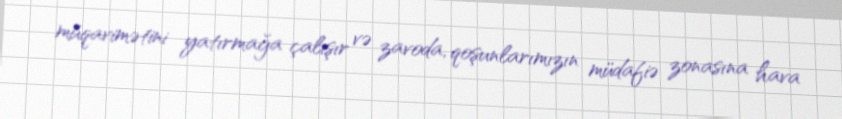
müqavimətini yatırmağa çalışır və zavoda, qoşunlarımızın müdafiə zonasına hava